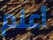
أعلم